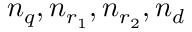
n _ { q } , n _ { r _ { 1 } } , n _ { r _ { 2 } } , n _ { d }